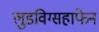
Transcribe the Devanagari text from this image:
लुडविग्सहाफेन